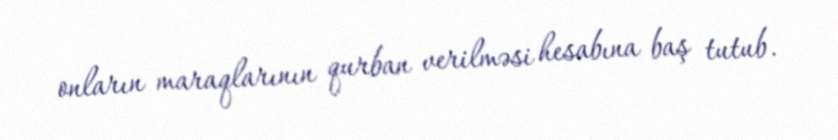
onların maraqlarının qurban verilməsi hesabına baş tutub.